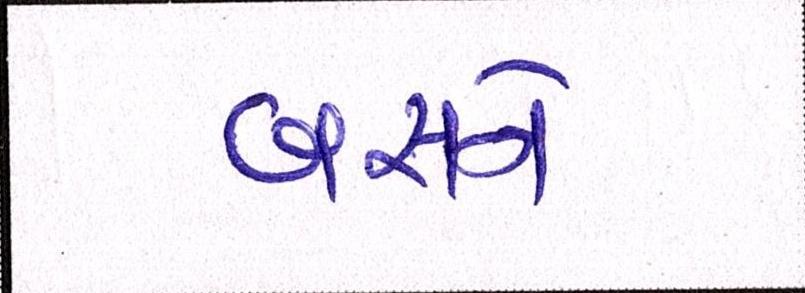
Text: બસને